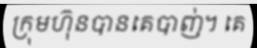
ក្រុមហ៊ុនបានគេបាញ់។ គេ